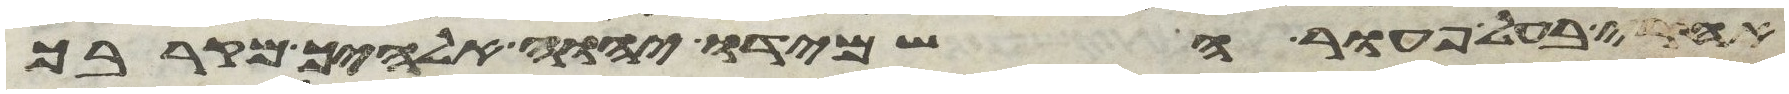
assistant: אחרי בעל פעור השמידו יהוה אלהיך מקרבך